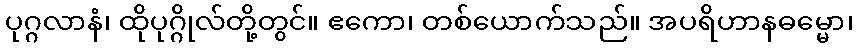
ပုဂ္ဂလာနံ၊ ထိုပုဂ္ဂိုလ်တို့တွင်။ ဧကော၊ တစ်ယောက်သည်။ အပရိဟာနဓမ္မော၊